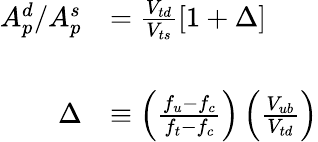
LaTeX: \begin{array}{rl}{{A_{p}^{d}/A_{p}^{s}}}&{{=\frac{V_{td}}{V_{ts}}[1+\Delta]}}\\ {{\ }}&{{\ }}\\ {{\Delta}}&{{\equiv\left(\frac{f_{u}-f_{c}}{f_{t}-f_{c}}\right)\left(\frac{V_{ub}}{V_{td}}\right)}}\end{array}